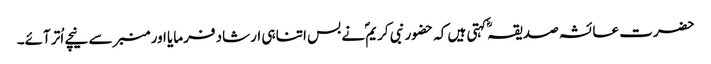
حضرت عائشہ صدیقہؓ کہتی ہیں کہ حضور نبی کریمؐ نے بس اتنا ہی ارشاد فرمایا اور منبر سے نیچے اُتر آئے۔